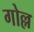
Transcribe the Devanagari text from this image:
गोल्ल